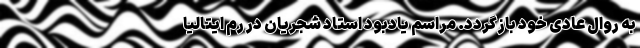
به روال عادی خود بازگردد. مراسم یادبود استاد شجریان در رم ایتالیا